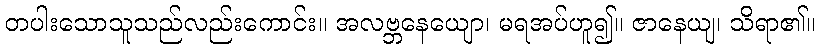
တပါးသောသူသည်လည်းကောင်း။ အလဗ္ဘနေယျော၊ မရအပ်ဟူ၍။ ဇာနေယျ၊ သိရာ၏။